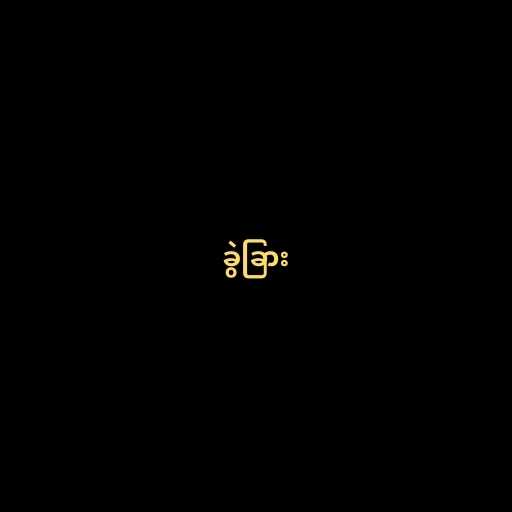
ခွဲခြား